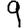
Digit: 9